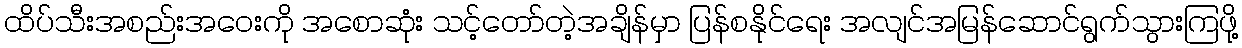
ထိပ်သီးအစည်းအဝေးကို အစောဆုံး သင့်တော်တဲ့အချိန်မှာ ပြန်စနိုင်ရေး အလျင်အမြန်ဆောင်ရွက်သွားကြဖို့